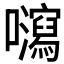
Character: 𡄽